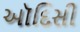
ઑદિસી